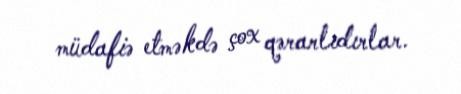
müdafiə etməkdə çox qərarlıdırlar.